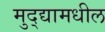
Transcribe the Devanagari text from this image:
मुद्द्यामधील